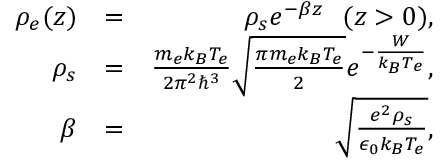
\begin{array} { r l r } { \rho _ { e } ( z ) } & { = } & { \rho _ { s } e ^ { - \beta z } \ \ ( z > 0 ) , } \\ { \rho _ { s } } & { = } & { \frac { m _ { e } k _ { B } T _ { e } } { 2 \pi ^ { 2 } \hbar ^ { 3 } } \sqrt { \frac { \pi m _ { e } k _ { B } T _ { e } } { 2 } } e ^ { - \frac { W } { k _ { B } T _ { e } } } , } \\ { \beta } & { = } & { \sqrt { \frac { e ^ { 2 } \rho _ { s } } { \epsilon _ { 0 } k _ { B } T _ { e } } } , } \end{array}